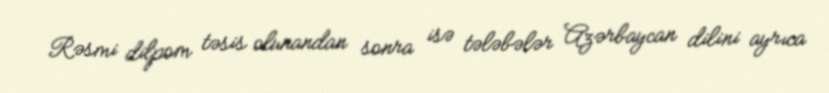
Rəsmi dilpom təsis olunandan sonra isə tələbələr Azərbaycan dilini ayrıca